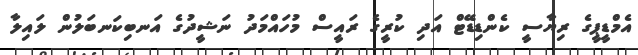
އެމްޑީޕީގެ ރިޔާސީ ކެންޑިޑޭޓް އަދި ކުރީގެ ރައީސް މުހައްމަދު ނަޝީދުގެ އަނބިކަނބަލުން ލައިލާ